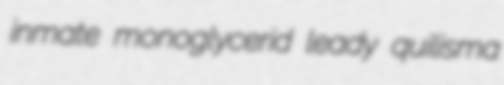
inmate monoglycerid leady quilisma